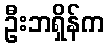
ဦးဘရှိန်က